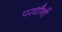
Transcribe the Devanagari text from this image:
परधौनी